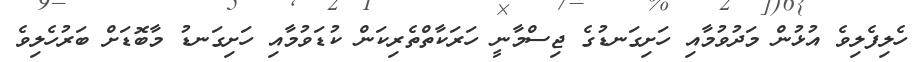
ހެލިފެލިވެ އުޅުން މަދުވުމާއި ހަށިގަނޑުގެ ޖިސްމާނީ ހަރަކާތްތެރިކަން ކުޑަވުމާއި ހަށިގަނޑު މާބޮޑަށް ބަރުހެލިވެ